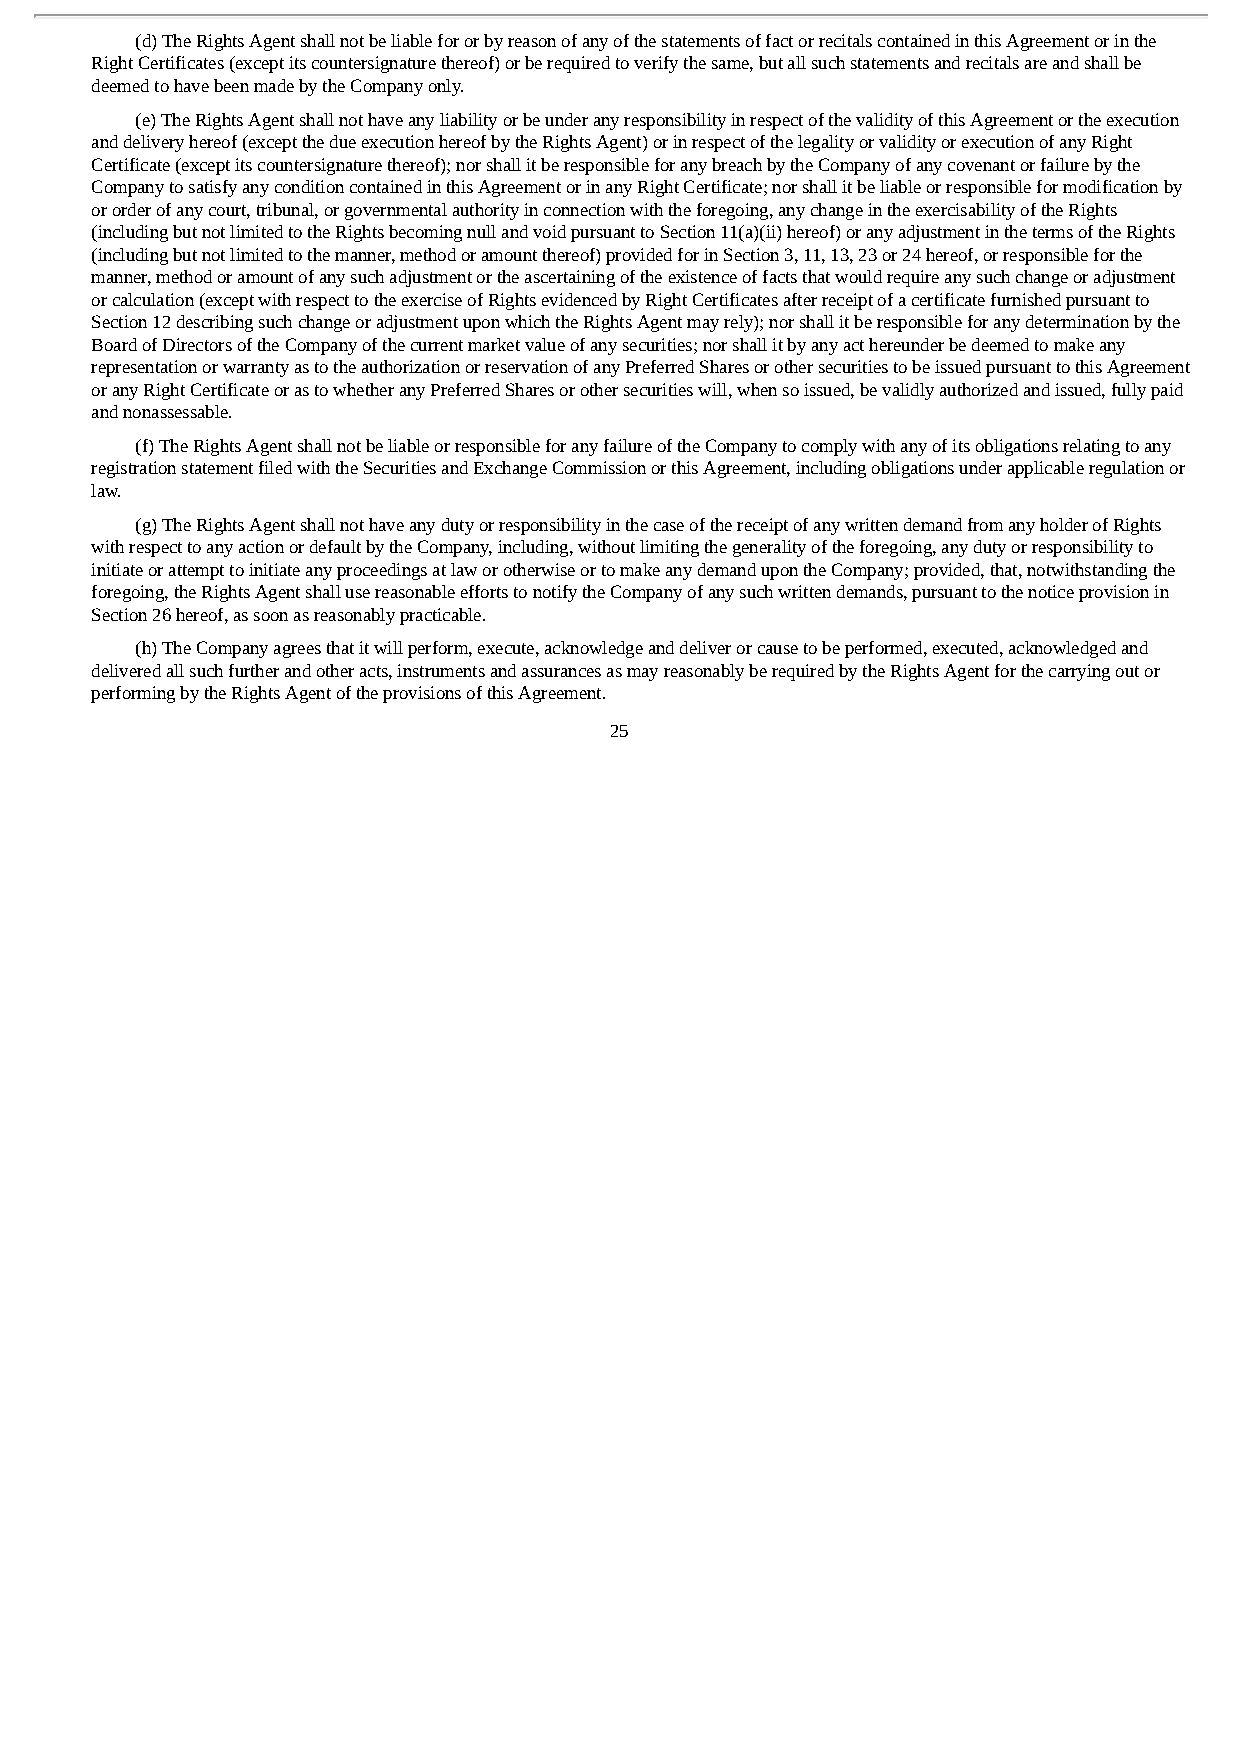
(d) The Rights Agent shall not be liable for or by reason of any of the statements of fact or recitals contained in this Agreement or in the
 Right Certificates (except its countersignature thereof) or be required to verify the same, but all such statements and recitals are and shall be
 deemed to have been made by the Company only.
 (e) The Rights Agent shall not have any liability or be under any responsibility in respect of the validity of this Agreement or the execution
 and delivery hereof (except the due execution hereof by the Rights Agent) or in respect of the legality or validity or execution of any Right
 Certificate (except its countersignature thereof); nor shall it be responsible for any breach by the Company of any covenant or failure by the
 Company to satisfy any condition contained in this Agreement or in any Right Certificate; nor shall it be liable or responsible for modification by
 or order of any court, tribunal, or governmental authority in connection with the foregoing, any change in the exercisability of the Rights
 (including but not limited to the Rights becoming null and void pursuant to Section 11(a)(ii) hereof) or any adjustment in the terms of the Rights
 (including but not limited to the manner, method or amount thereof) provided for in Section 3, 11, 13, 23 or 24 hereof, or responsible for the
 manner, method or amount of any such adjustment or the ascertaining of the existence of facts that would require any such change or adjustment
 or calculation (except with respect to the exercise of Rights evidenced by Right Certificates after receipt of a certificate furnished pursuant to
 Section 12 describing such change or adjustment upon which the Rights Agent may rely); nor shall it be responsible for any determination by the
 Board of Directors of the Company of the current market value of any securities; nor shall it by any act hereunder be deemed to make any
 representation or warranty as to the authorization or reservation of any Preferred Shares or other securities to be issued pursuant to this Agreement
 or any Right Certificate or as to whether any Preferred Shares or other securities will, when so issued, be validly authorized and issued, fully paid
 and nonassessable.
 (f) The Rights Agent shall not be liable or responsible for any failure of the Company to comply with any of its obligations relating to any
 registration statement filed with the Securities and Exchange Commission or this Agreement, including obligations under applicable regulation or
 law.
 (g) The Rights Agent shall not have any duty or responsibility in the case of the receipt of any written demand from any holder of Rights
 with respect to any action or default by the Company, including, without limiting the generality of the foregoing, any duty or responsibility to
 initiate or attempt to initiate any proceedings at law or otherwise or to make any demand upon the Company; provided, that, notwithstanding the
 foregoing, the Rights Agent shall use reasonable efforts to notify the Company of any such written demands, pursuant to the notice provision in
 Section 26 hereof, as soon as reasonably practicable.
 (h) The Company agrees that it will perform, execute, acknowledge and deliver or cause to be performed, executed, acknowledged and
 delivered all such further and other acts, instruments and assurances as may reasonably be required by the Rights Agent for the carrying out or
 performing by the Rights Agent of the provisions of this Agreement.
 25